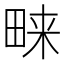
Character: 𭻔